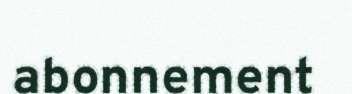
abonnement